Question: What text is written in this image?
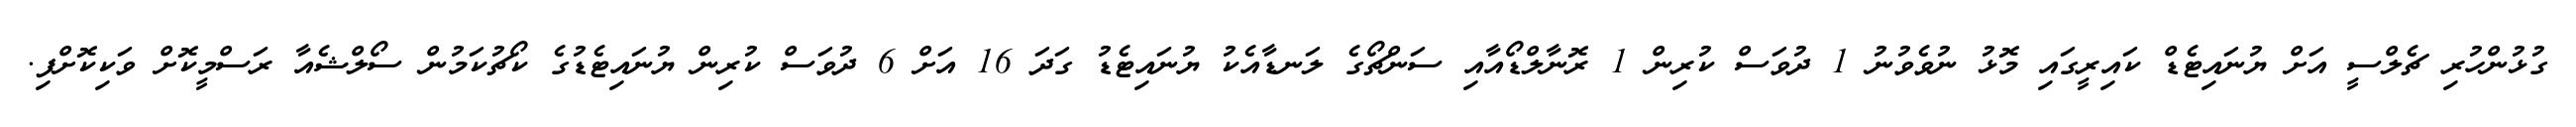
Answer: ގުޅުންހުރި ޗެލްސީ އަށް ޔުނައިޓެޑް ކައިރީގައި މޮޅު ނުވެވުނު 1 ދުވަސް ކުރިން 1 ރޮނާލްޑޯއާއި ސަންޗޯގެ ލަނޑާއެކު ޔުނައިޓެޑު ގަދަ 16 އަށް 6 ދުވަސް ކުރިން ޔުނައިޓެޑުގެ ކޯޗުކަމުން ސޯލްޝެއާ ރަސްމީކޮށް ވަކިކޮށްފި.